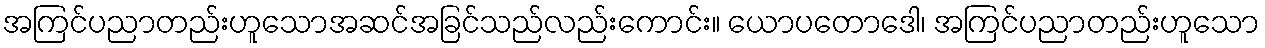
အကြင်ပညာတည်းဟူသောအဆင်အခြင်သည်လည်းကောင်း။ ယောပတောဒေါ၊ အကြင်ပညာတည်းဟူသော